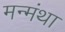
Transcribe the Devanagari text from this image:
मन्मंथा